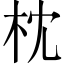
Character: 枕